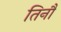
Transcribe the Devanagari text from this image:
तिनौ